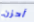
أحزن